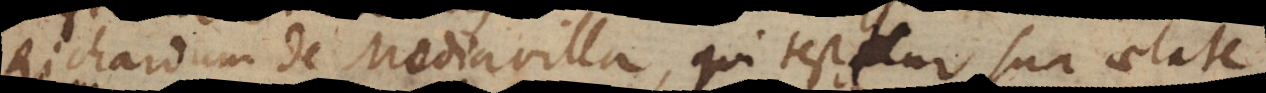
Richardum de Mediavilla, qui testatur sua aetate